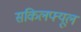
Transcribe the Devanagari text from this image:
सकिलफ्यूल